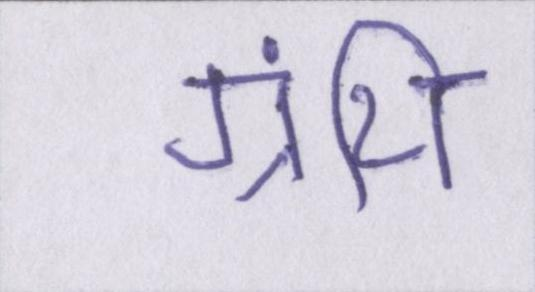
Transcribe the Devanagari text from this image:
ग्रंथि